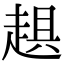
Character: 𧻾